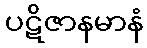
ပဋိဇာနမာနံ